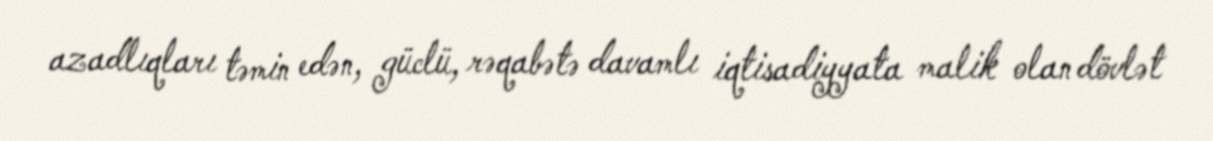
azadlıqları təmin edən, güclü, rəqabətə davamlı iqtisadiyyata malik olan dövlət